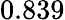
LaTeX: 0.839